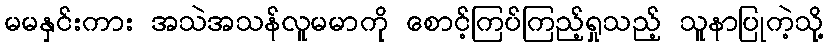
မမနှင်းကား အသဲအသန်လူမမာကို စောင့်ကြပ်ကြည့်ရှုသည့် သူနာပြုကဲ့သို့